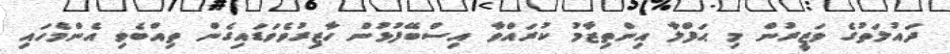
ދައުލަތުގެ ވަޒީރުން މި ޙަފްލާ އިންތިޒާމު ކުރައްވާ އިސްބޭފުޅުން ހާޒިރުވެވަޑައިގެން ތިއްބެވި އެންމެހައި